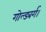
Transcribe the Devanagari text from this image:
गोल्डबर्ग।